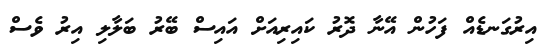
އިރުގަނޑެއް ފަހުން އޭނާ ދޮރު ކައިރިއަށް އައިސް ބޭރު ބަލާލި އިރު ވެސް